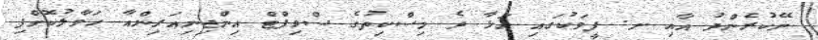
ނޭކުރެންދު އާއި ށ. ފީވަކުގައި އަޅާ ދެ މިސްކިތުގެ ސްވިފްޓް އިންޖިނިއަރިންއާ ހަވާލުކޮށްފި